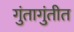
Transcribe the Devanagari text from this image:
गुंतागुंतीत